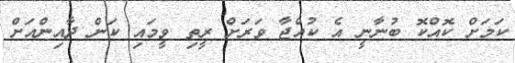
ކަމަށް ކޮއްކޮ ބުނާނީ އެ ކުއްޖާ ވަރަށް ރީތި ވީމައި ކަން ދާއިންއަށް